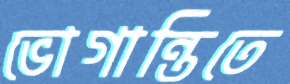
ভোগান্তিতে